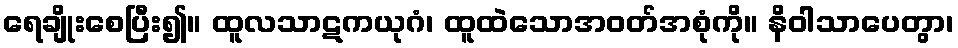
ရေချိုးစေပြီး၍။ ထူလသာဋကယုဂံ၊ ထူထဲသောအဝတ်အစုံကို။ နိဝါသာပေတွာ၊